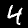
Digit: 4